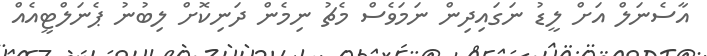
އާސެނަލް އަށް ލީޑު ނަގައިދިން ނަމަވެސް މެޗު ނިމެން ދަނިކޮށް ލިބުނު ޕެނަލްޓީއެއް